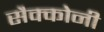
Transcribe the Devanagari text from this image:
सैक्कोनी